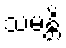
သမန္တိ